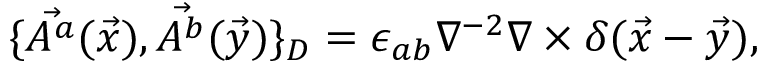
\{ \vec { A ^ { a } } ( \vec { x } ) , \vec { A ^ { b } } ( \vec { y } ) \} _ { D } = \epsilon _ { a b } \nabla ^ { - 2 } \nabla \times \delta ( \vec { x } - \vec { y } ) ,